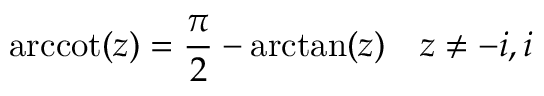
\operatorname { a r c c o t } ( z ) = { \frac { \pi } { 2 } } - \arctan ( z ) \quad z \neq - i , i